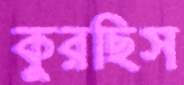
কুরছিস